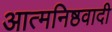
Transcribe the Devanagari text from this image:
आत्मनिष्ठवादी